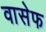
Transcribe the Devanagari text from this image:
वासेफ